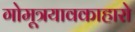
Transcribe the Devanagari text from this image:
गोमूत्रयावकाहारो